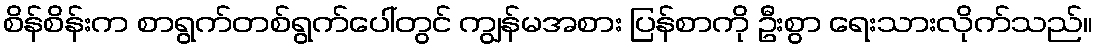
စိန်စိန်းက စာရွက်တစ်ရွက်ပေါ်တွင် ကျွန်မအစား ပြန်စာကို ဦးစွာ ရေးသားလိုက်သည်။